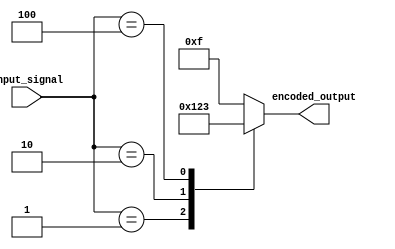
module Encoder (
    input [7:0] input_signal,
    output reg [3:0] encoded_output
);

always @(*)
begin
    case(input_signal)
        8'b00000001: encoded_output = 4'b0001; // Example of binary encoding
        8'b00000010: encoded_output = 4'b0010;
        8'b00000100: encoded_output = 4'b0011;
        default: encoded_output = 4'b1111; // Default encoding if input signal does not match any case
    endcase
end

endmodule